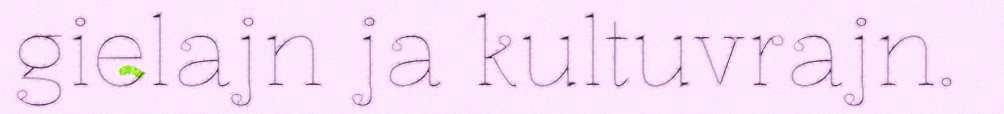
gielajn ja kultuvrajn.